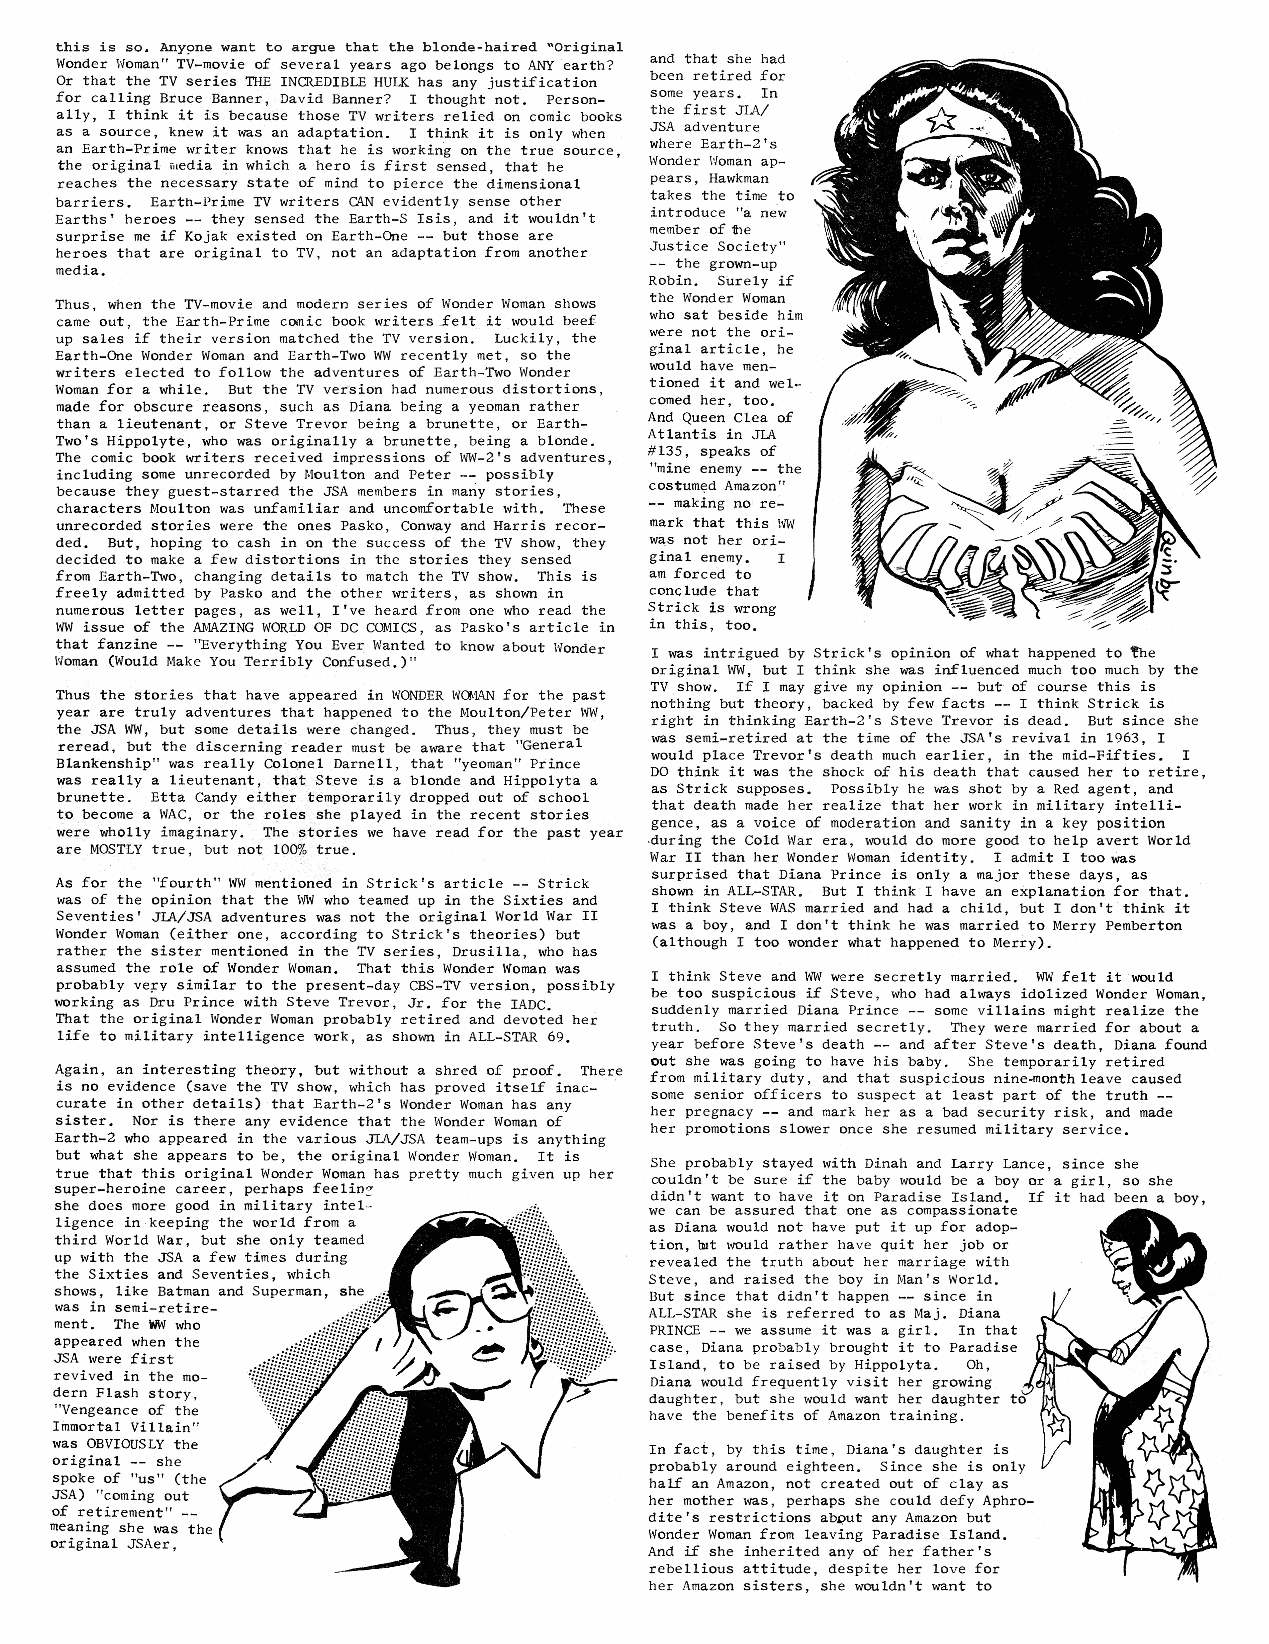
hola_2.indd 9                                                               2/19/13 3:09 PM